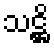
သဋ္ဌိ